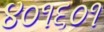
૪૦૧૬૦૧